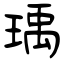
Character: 瑀